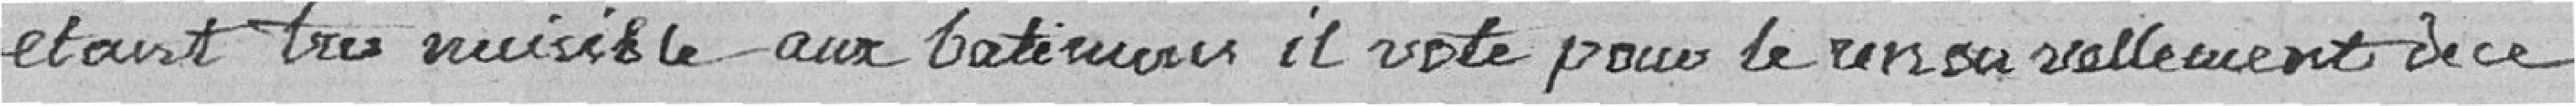
étant très nuisible aux bâtiments il vote pour le renouvellement de ce